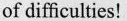
of difficulties!